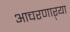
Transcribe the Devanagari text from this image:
आचरणाऱ्या